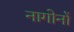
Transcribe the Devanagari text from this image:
नागोर्नो